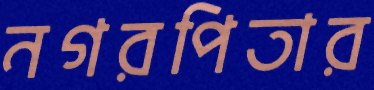
নগরপিতার